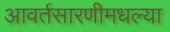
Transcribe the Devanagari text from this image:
आवर्तसारणीमधल्या